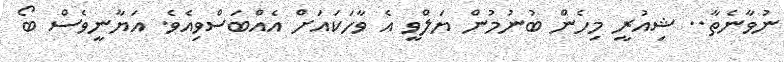
ނުވާނެތާ.. ޝިއުރީ މިހެން ބުނުމުން ޔަލްވީ އެ ވާހަކައަށް އެއްބަސްވިއެވެ. އަޔާނީވެސް ބޯ